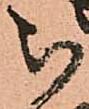
被